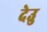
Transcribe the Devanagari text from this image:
देउु